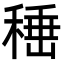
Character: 𮃙